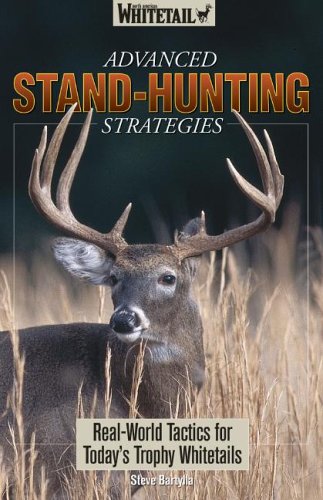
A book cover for North American Whitetail Advanced Stand-Hunting Strategies Book; Steve Bartylla; Sports & Outdoors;